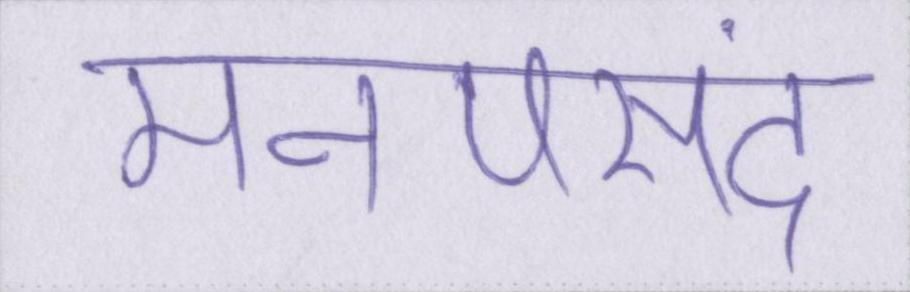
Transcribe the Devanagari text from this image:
मनपसंद